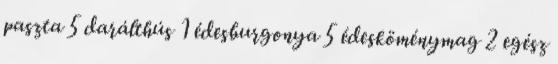
paszta 5 darálthús 1 édesburgonya 5 édesköménymag 2 egész